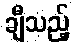
ချီသည့်